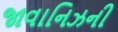
જાવાનિઝની